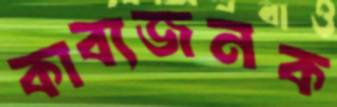
কাব্যজনক